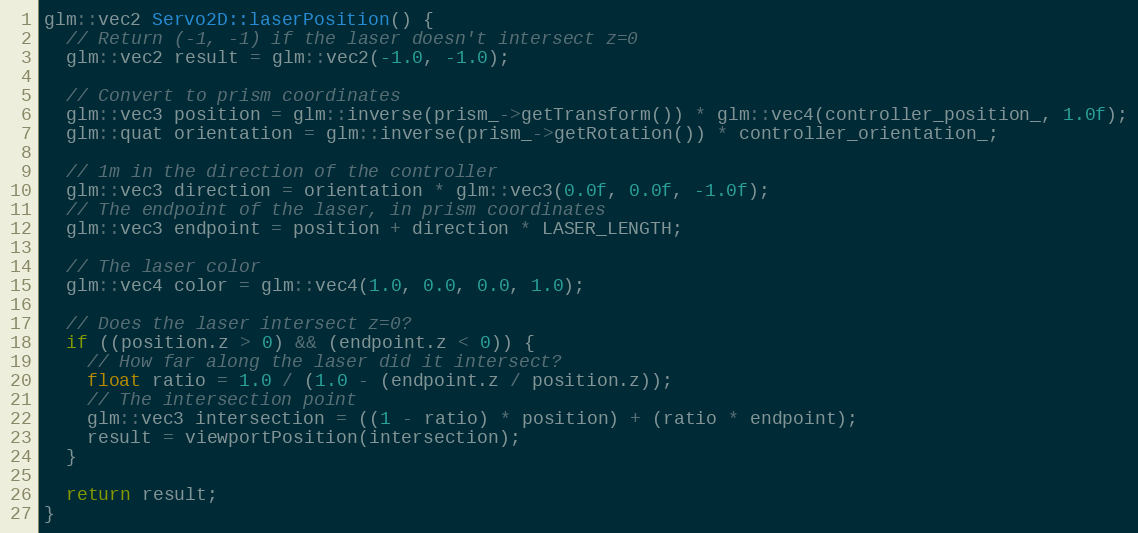
Language: C++
glm::vec2 Servo2D::laserPosition() {
  // Return (-1, -1) if the laser doesn't intersect z=0
  glm::vec2 result = glm::vec2(-1.0, -1.0);

  // Convert to prism coordinates
  glm::vec3 position = glm::inverse(prism_->getTransform()) * glm::vec4(controller_position_, 1.0f);
  glm::quat orientation = glm::inverse(prism_->getRotation()) * controller_orientation_;

  // 1m in the direction of the controller
  glm::vec3 direction = orientation * glm::vec3(0.0f, 0.0f, -1.0f);
  // The endpoint of the laser, in prism coordinates
  glm::vec3 endpoint = position + direction * LASER_LENGTH;

  // The laser color
  glm::vec4 color = glm::vec4(1.0, 0.0, 0.0, 1.0);

  // Does the laser intersect z=0?
  if ((position.z > 0) && (endpoint.z < 0)) {
    // How far along the laser did it intersect?
    float ratio = 1.0 / (1.0 - (endpoint.z / position.z));
    // The intersection point
    glm::vec3 intersection = ((1 - ratio) * position) + (ratio * endpoint);
    result = viewportPosition(intersection);
  }

  return result;
}